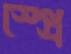
স্প্রে